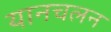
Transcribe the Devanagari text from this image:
यानचलन